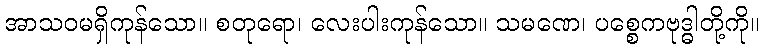
အာသဝမရှိကုန်သော။ စတုရော၊ လေးပါးကုန်သော။ သမဏေ၊ ပစ္စေကဗုဒ္ဓါတို့ကို။